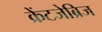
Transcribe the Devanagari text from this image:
क्रेंटजेब्रिज